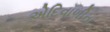
એદિવાળીના